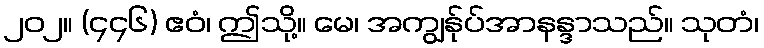
၂၀၂။ (၄၄၆) ဧဝံ၊ ဤသို့။ မေ၊ အကျွန်ုပ်အာနန္ဒာသည်။ သုတံ၊